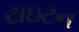
ટાઇટન